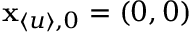
\mathbf { x } _ { \langle u \rangle , 0 } = ( 0 , 0 )